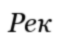
Рек